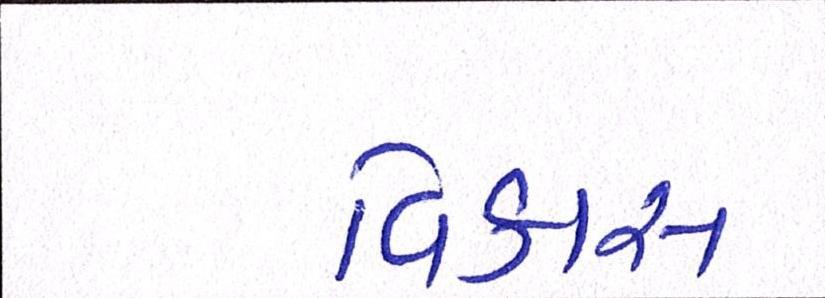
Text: વિકાસ